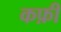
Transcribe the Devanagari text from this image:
कफ़ी